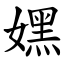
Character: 嫼